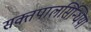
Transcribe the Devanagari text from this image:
सक्तपालसिन्धिया